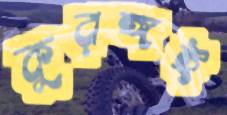
কুরঙ্গই